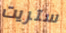
ستريت